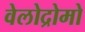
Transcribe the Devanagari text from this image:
वेलोद्रोमो